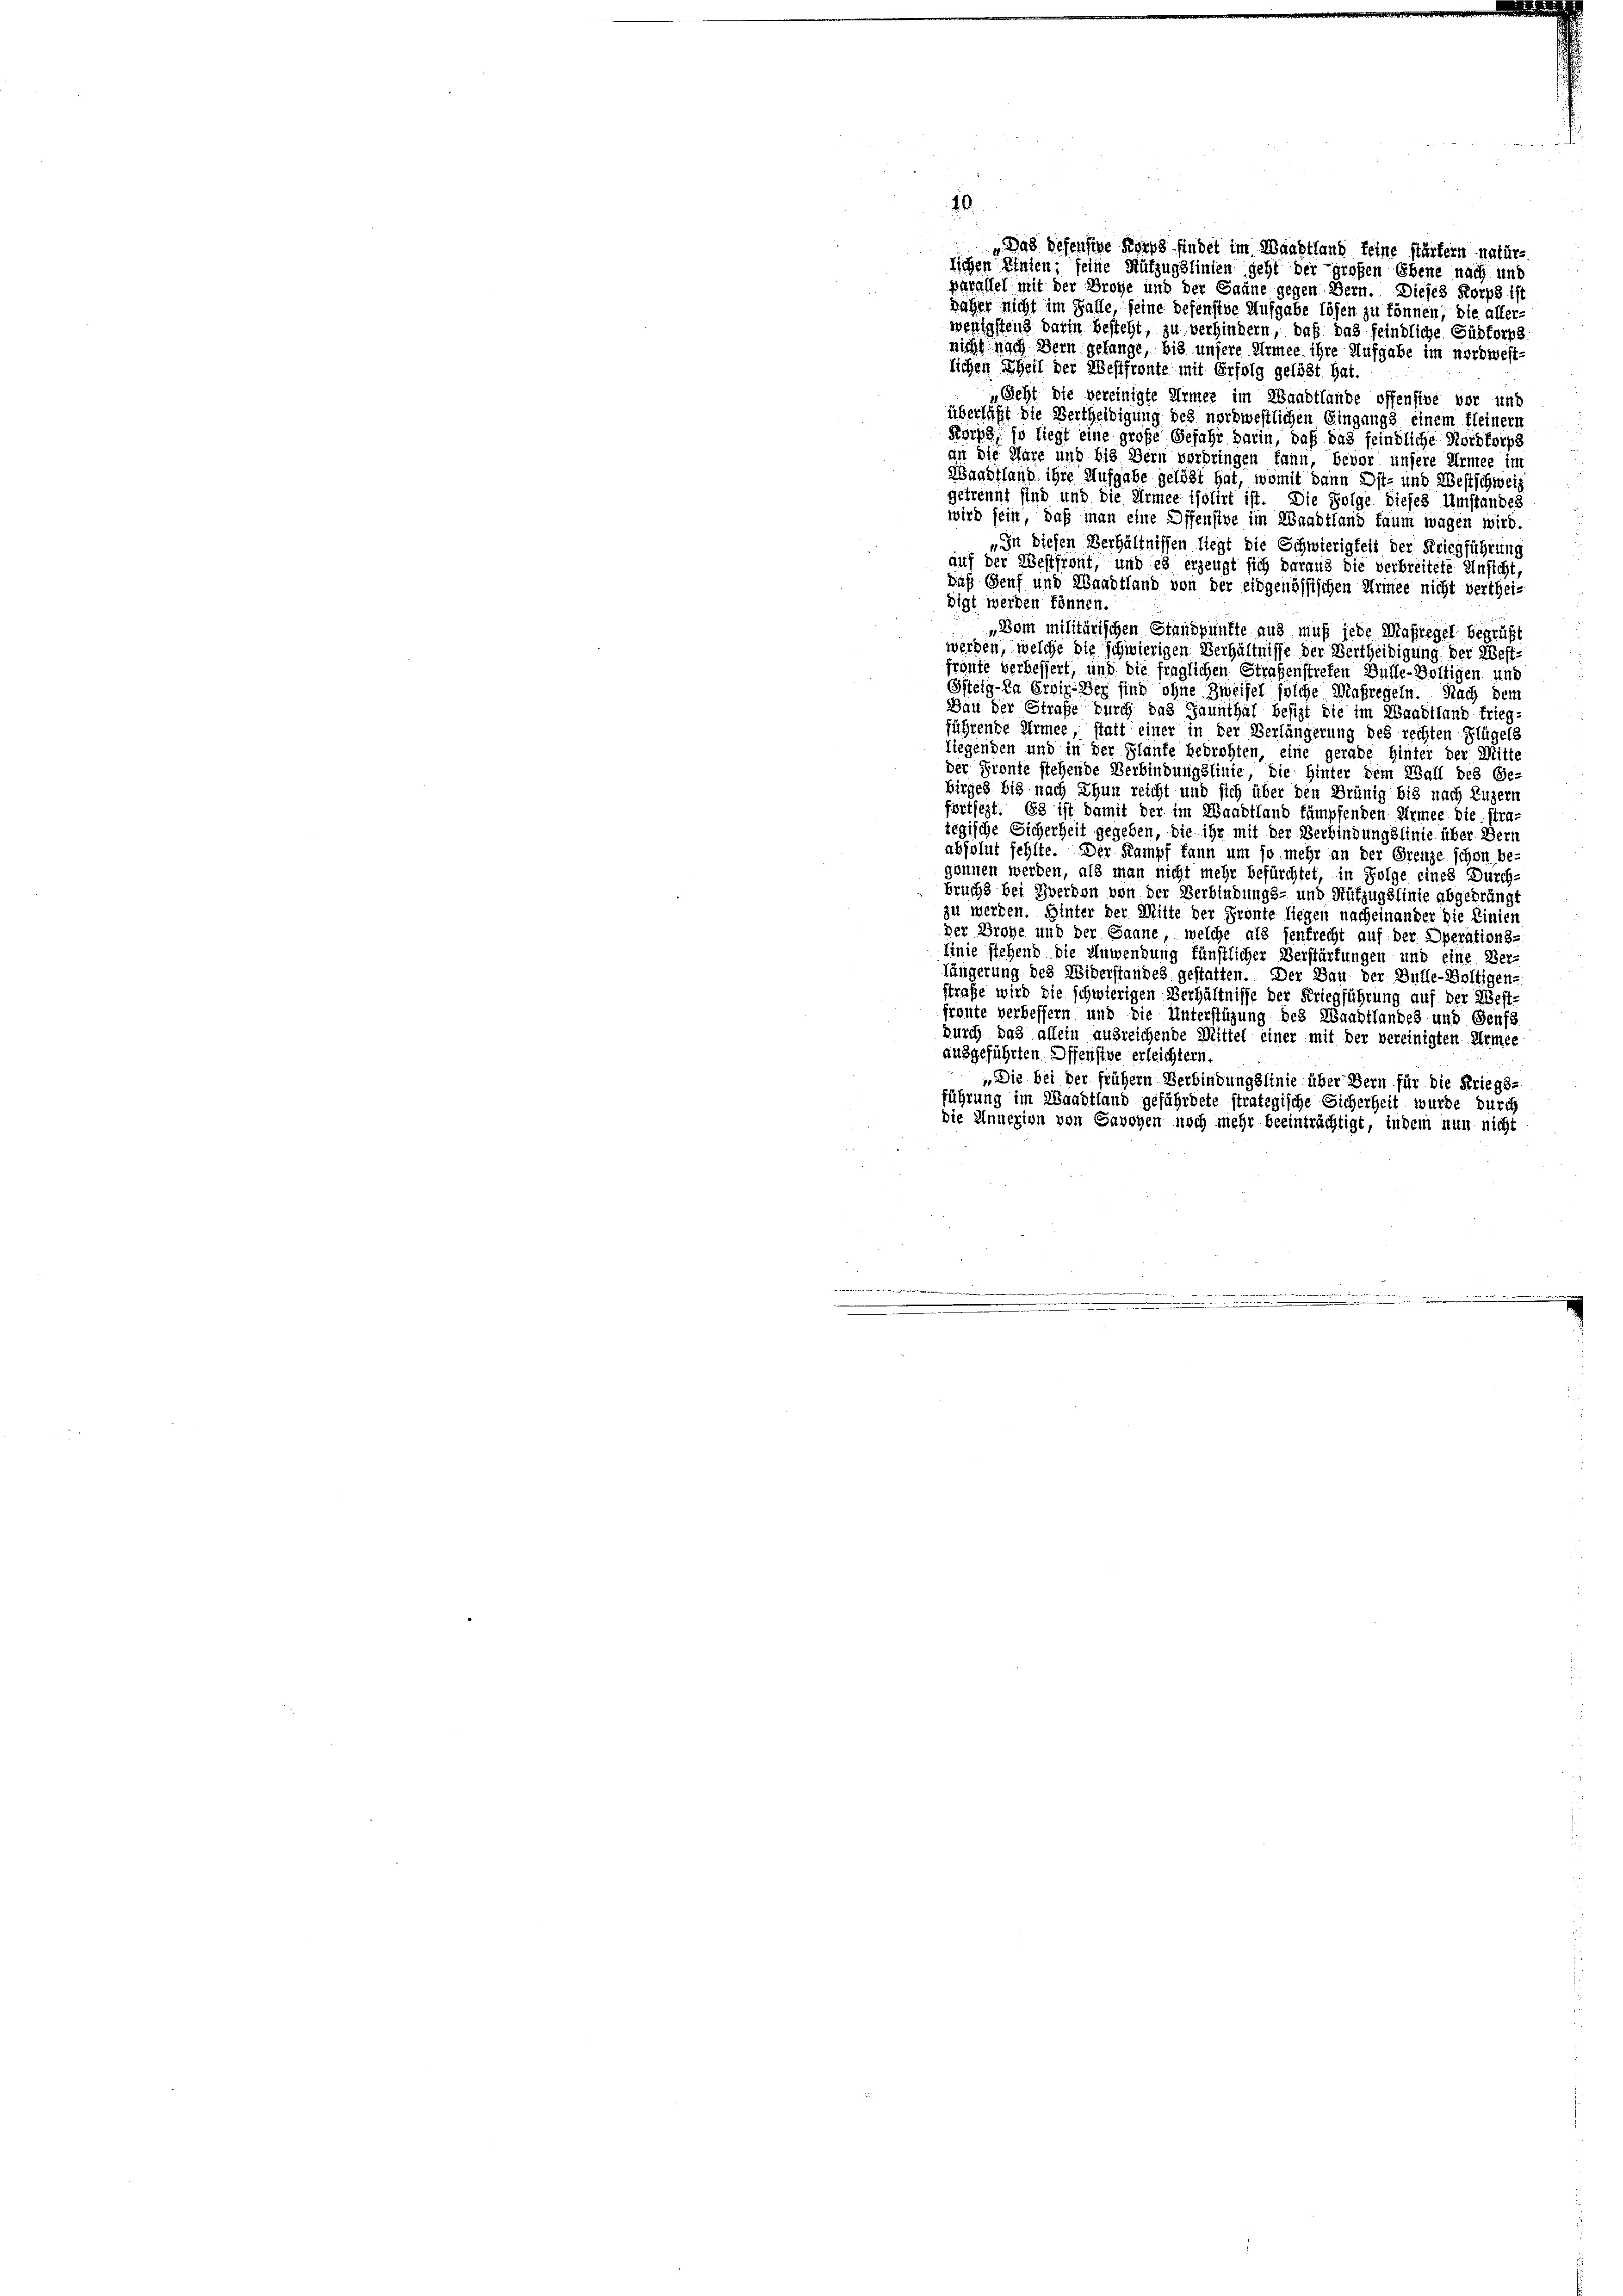
lichen Einten; seine Hüfzugslinien geht der großen Ebene nach und
parallel mit der Broye und der Sanne gegen Bern. Dieses Korps ist
daher nicht im Falle, seine defensive Aufgabe lösen zu können, die aller-
wenigstens darin besteht, zu verhindern, daß das feindliche Güdtorp
nicht nach Bern gefange, bis unsere Armee ihre Aufgabe im nordwest-
lichen Theil der Westfronte mit Erfolg gelöst hat.
Geht die vereinigte Armee im Waadtlände offensive vor und
überläßt die Bertheiligung des nordwestlichen Eingangs einem Kleinern
Korps, so liegt eine große Gefähr darin, daß das feindliche Nordkorps
an die Pare und bis Bern vorbringen kann, bevor unsere Armee im
Wandtland ihre Aufgabe gelöst hat, womit dann Ost- und Westschweiz
getrennt sind und die Armee isolirt ist. Die Folge dieses Umstandes
wird sein, daß man eine Offensive im Waadtland kaum wagen wird.
„In diesen Verhältnissen liegt die Schwierigkeit der Kriegführung
auf der Westfront, und es erzeugt sich daraus die verbreitete Unsicht
daß Genf und Waadtland von der eidgenössischen Armee nicht verthei-
digt werden können.
„Dom militärischen Standpunkte aus muß jede Maßregel begrüßt
werden, welche die schwierigen Verhältnisse der Vertheidigung der West-
fronte verbessert, und die fraglichen Strafenstreten Bühle-Voltigen und
Gsteigen Erbinder sind ohne Zweifel solche Maßregeln. Nach dem
Bau der Strafe durch das Tannthal besizt die im Waadtland trieg-
führende Armee, statt einer in der Verlängerung des rechten Flügels
liegenden und in der Flaufe bedrohten, eine gerade hinter der Mitte
der Fronte stehende Verbindungslinie, die Hinter dem Wall des Ge-
birges bis nach Thun reicht und sich über den Brünig bis nach Luzern
fortsezt. Es ist damit der im Waadtland kämpfenden Armee die stra-
tegische Sicherheit gegeben, die ihr mit der Verbindungslinie über Bern
absolut fehlte. Der Kampf kann um so mehr an der Grenze schon be
gönnen werden, als man nicht mehr befürchtet, in Folge eines Durch-
bruchs bei Zverdon von der Verbindungs- und Rüfzugslinie abgedrängt
zu werden. Hinter der Mitte der Fronte liegen nacheinander die Linien
Der Große und der Saane, welche als seufrecht auf der Operations-
Linie stehend die Anwendung künstlicher Verstärfungen und eine Ver-
längerung des Uiberstandes gestatten. Der Bau der Bulle-Boltigen-
straße wird die schwierigen Verhältnisse der Kriegführung auf der West-
froute verbessern und die Unterstüzung des Waadtlandes und Genf
durch 893 allein ausreichende Mittel einer mit der vereinigten Armee
ausgeführten Offensive erleichtern.
„Die bei der frühern Verbindungslinie über Bern für die Kriegs-
führung im Waadtland gefährdete strategische Sicherheit wurde durch
die Annexion von Gavoyen noch mehr beeinträchtigt, indem nun nicht

„Das Defensive Korps findet im Waadtland keine stärkern natür